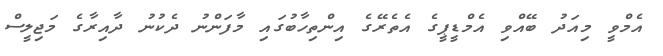
އެމްވީ މިއަދު ބޭއްވި އެމްޑީޕީގެ އެތެރޭގެ އިންތިހާބުގައި މާފަންނު ދެކުނު ދާއިރާގެ މަޖިލީސް